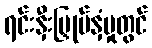
ရင်းနှီးမြှုပ်နှံမှုတွင်